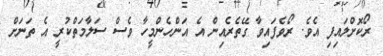
ރޯކޮށްލައިފި އެވެ. ރޯވެފައިވާ ގޭތެރެއިން އެ އަންހެންމީހާ ވެސް ސަލާމަތްކުރީ އެ ތަނަށް